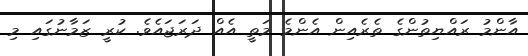
އާންމު ރައްޔިތުންގެ ތެރެއިން އެންމެ މަތީ އެއް ދަރަޖައެވެ. ކުރީ ޒަމާނުގައި މި